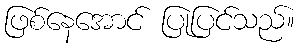
ဖြစ်နေအောင် ပြုပြင်သည်။